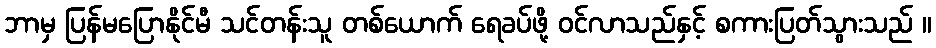
ဘာမှ ပြန်မပြောနိုင်မီ သင်တန်းသူ တစ်ယောက် ရေခပ်ဖို့ ဝင်လာသည်နှင့် စကားပြတ်သွားသည် ။